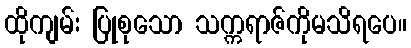
ထိုကျမ်း ပြုစုသော သက္ကရာဇ်ကိုမသိရပေ။